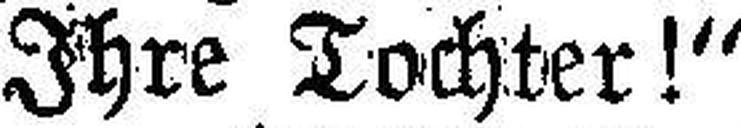
Ihre Tochter!“